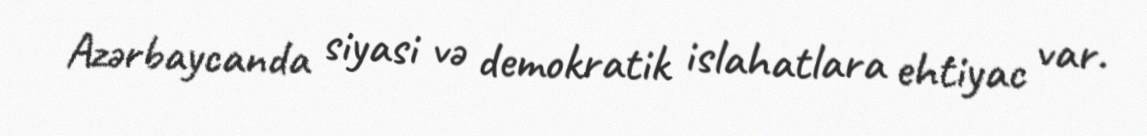
Azərbaycanda siyasi və demokratik islahatlara ehtiyac var.